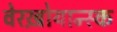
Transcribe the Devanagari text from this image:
वेरख़ोयान्स्क